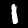
Label: 1